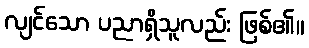
လျင်သော ပညာရှိသူလည်း ဖြစ်၏။